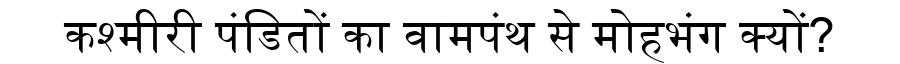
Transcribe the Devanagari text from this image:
कश्मीरी पंडितों का वामपंथ से मोहभंग क्यों?